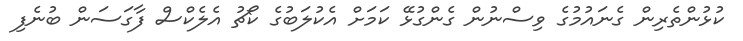
ކުޅުންތެރިން ގެނައުމުގެ ވިސްނުން ގެންގުޅޭ ކަމަށް އެކުލަބުގެ ކޯޗު އެލެކްސް ފާގަސަން ބުނެފި